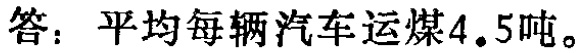
答：平均每辆汽车运煤$4.5$吨。